Annual vaccination report of Bihar and Orissa - 1911-1928
Year: 1911
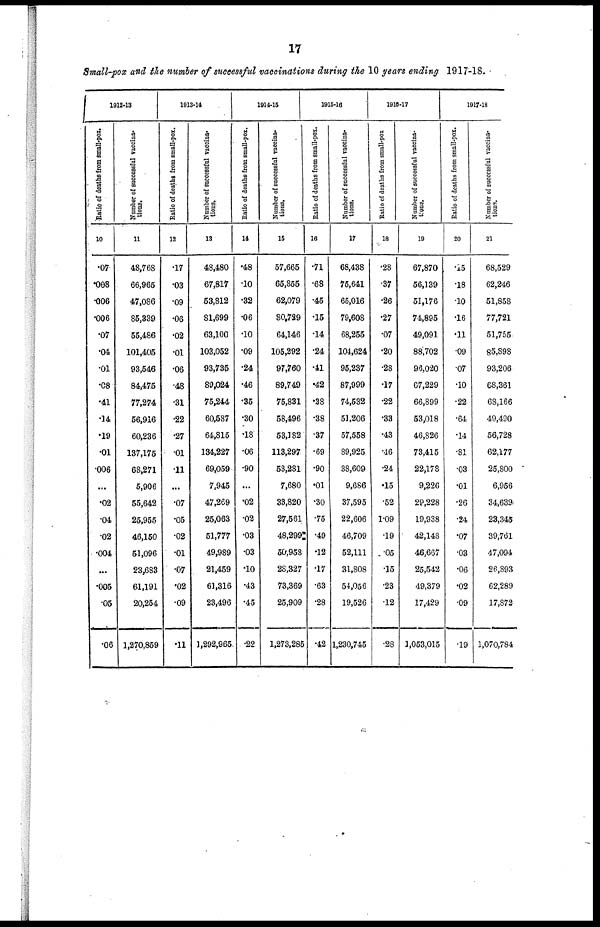
17
Small-pox and the number of successful vaccinations during the 10 years ending 1917-18.
1912-13
Ratio of deaths from small-pox.
10
.07
.008
.006
.006
.07
.04
.01
.08
.41
.14
.19
.01
.006
...
.02
.04
.02
.004
...
.005
.05
.06
Number of successful vaccina-
tions.
11
48,768
66,965
47,086
85,339
55,486
101,405
93,546
84,475
77,274
56,916
60,236
137,175
68,271
5,906
55,642
25,955
46,150
51,096
23,683
61,191
20,254
1,270,859
1913-14
Ratio of deaths from small-pox.
12
.17
.03
.09
.06
.02
.01
.06
.48
.31
.22
.27
.01
.11
...
.07
.05
.02
.01
.07
.02
.09
.11
Number of successful vaccina-
tions.
13
48,480
67,817
53,812
81,699
63,100
103,052
93,735
89,024
75,244
60,587
64,815
134,227
69,059
7,945
47,269
25,063
51,777
49,989
21,459
61,316
23,496
1,292,965
1914-15
Ratio of deaths from small-pox.
14
.48
.10
.32
.06
.10
.09
.24
.46
.35
.30
.18
.06
.90
...
.02
.02
.03
.03
.10
.43
.45
.22
Number of successful vaccina-
tions.
15
57,665
65,855
62,079
80,729
64,146
105,292
97,760
89,749
75,831
58,496
53,182
113,297
53,281
7,680
38,820
27,561
48,299
50,958
28,327
73,369
25,909
1,273,285
1915-16
Ratio of deaths from small-pox.
16
.71
.68
.45
.15
.14
.24
.41
.42
.38
.38
.37
.69
.90
.01
.30
.75
.49
.12
.17
.63
.28
.42
Number of successful vaccina-
tions.
17
68,438
75,641
65,016
79,608
68,255
104,624
95,237
87,999
74,532
51,206
57,558
89,925
38,609
9,686
37,595
22,606
46,709
52,111
31,808
54,056
19,526
1,230,745
1916-17
Ratio of deaths from small-pox
18
.28
.37
.26
.27
.07
.20
.28
.17
.22
.33
.43
.46
.24
.15
.52
1.09
.19
.05
.15
.23
.12
.28
Number of successful vaccina-
tions.
19
67,870
56,139
51,176
74,895
49,091
88,702
96,020
67,229
66,899
53,018
46,826
73,415
22,178
9,226
29,228
19,938
42,148
46,667
25,542
49,379
17,429
1,053,015
1917-18
Ratio of deaths from small-pox.
20
.15
.18
.10
.16
.11
.09
.07
.10
.22
.64
.14
.81
.03
.01
.26
.24
.07
.03
.06
.02
.09
.19
Number of successful vaccina-
tions.
21
68,529
62,246
51,858
77,721
51,755
85,898
93,206
68,361
68,166
49,490
56,728
62,177
25,800
6,956
34,639
23,345
39,761
47,094
26,893
62,289
17,872
1,070,784